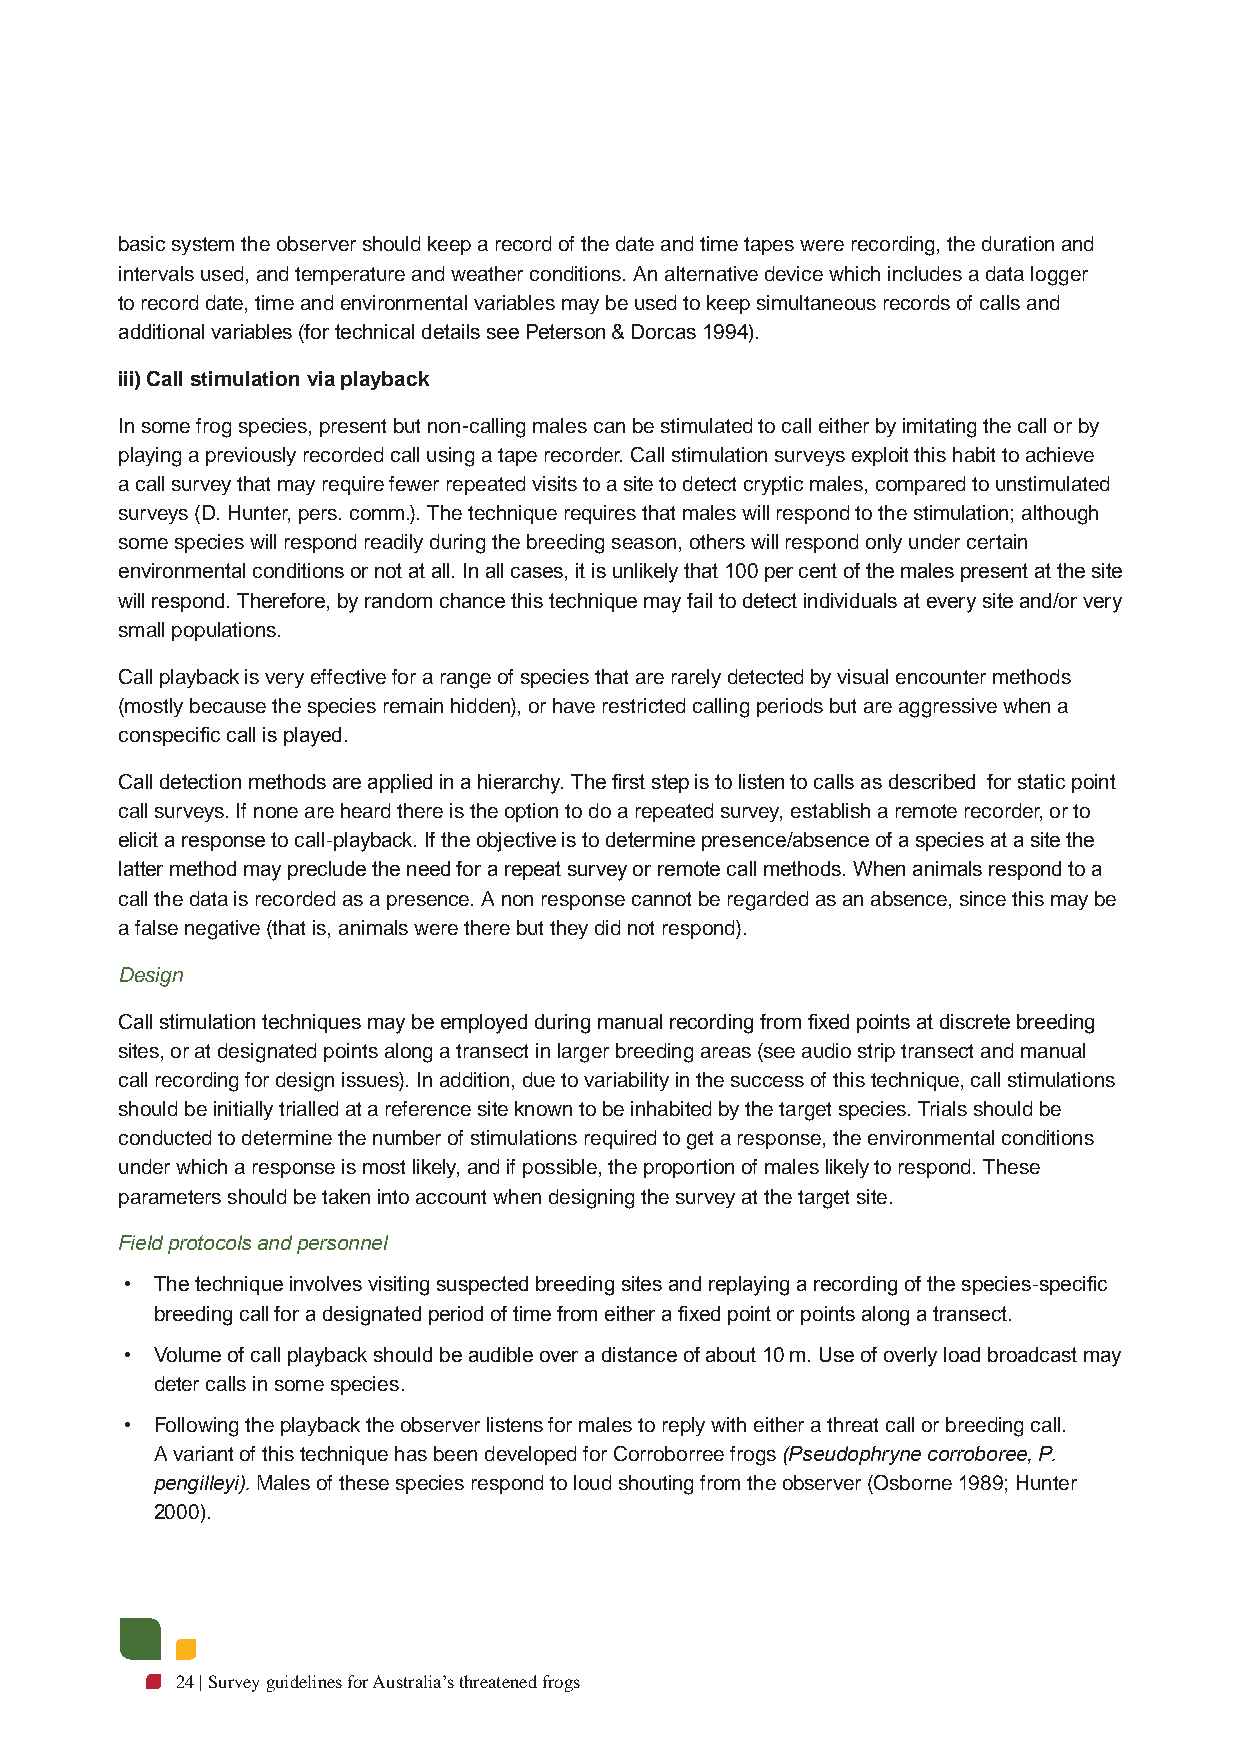
basic system the observer should keep a record of the date and time tapes were recording, the duration and
 intervals used, and temperature and weather conditions. An alternative device which includes a data logger
 to record date, time and environmental variables may be used to keep simultaneous records of calls and
 additional variables (for technical details see Peterson & Dorcas 1994).
 iii) Call stimulation via playback
 In some frog species, present but non-calling males can be stimulated to call either by imitating the call or by
 playing a previously recorded call using a tape recorder. Call stimulation surveys exploit this habit to achieve
 a call survey that may require fewer repeated visits to a site to detect cryptic males, compared to unstimulated
 surveys (D. Hunter, pers. comm.). The technique requires that males will respond to the stimulation; although
 some species will respond readily during the breeding season, others will respond only under certain
 environmental conditions or not at all. In all cases, it is unlikely that 100 per cent of the males present at the site
 will respond. Therefore, by random chance this technique may fail to detect individuals at every site and/or very
 small populations.
 Call playback is very effective for a range of species that are rarely detected by visual encounter methods
 (mostly because the species remain hidden), or have restricted calling periods but are aggressive when a
 conspecific call is played.
 Call detection methods are applied in a hierarchy. The first step is to listen to calls as described for static point
 call surveys. If none are heard there is the option to do a repeated survey, establish a remote recorder, or to
 elicit a response to call-playback. If the objective is to determine presence/absence of a species at a site the
 latter method may preclude the need for a repeat survey or remote call methods. When animals respond to a
 call the data is recorded as a presence. A non response cannot be regarded as an absence, since this may be
 a false negative (that is, animals were there but they did not respond).
 Design
 Call stimulation techniques may be employed during manual recording from fixed points at discrete breeding
 sites, or at designated points along a transect in larger breeding areas (see audio strip transect and manual
 call recording for design issues). In addition, due to variability in the success of this technique, call stimulations
 should be initially trialled at a reference site known to be inhabited by the target species. Trials should be
 conducted to determine the number of stimulations required to get a response, the environmental conditions
 under which a response is most likely, and if possible, the proportion of males likely to respond. These
 parameters should be taken into account when designing the survey at the target site.
 Field protocols and personnel
 • The technique involves visiting suspected breeding sites and replaying a recording of the species-specific
 breeding call for a designated period of time from either a fixed point or points along a transect.
 • Volume of call playback should be audible over a distance of about 10 m. Use of overly load broadcast may
 deter calls in some species.
 • Following the playback the observer listens for males to reply with either a threat call or breeding call.
 A variant of this technique has been developed for Corroborree frogs (Pseudophryne corroboree, P.
 pengilleyi). Males of these species respond to loud shouting from the observer (Osborne 1989; Hunter
 2000).
 24 | Survey guidelines for Australia’s threatened frogs